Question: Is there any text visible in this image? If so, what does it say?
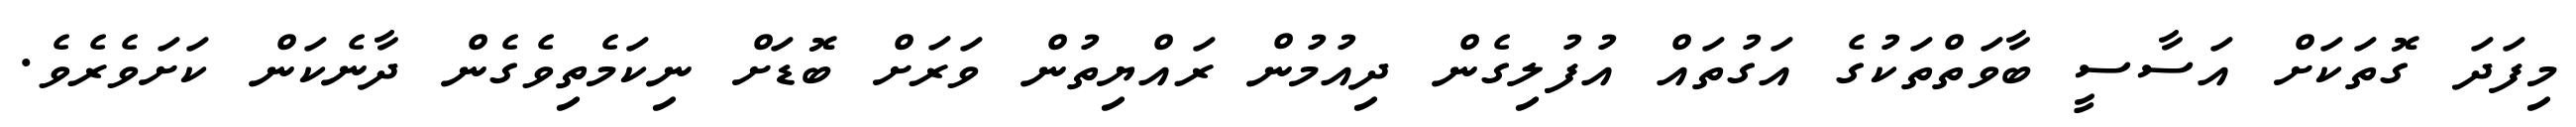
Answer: މިފަދަ ގޮތަކަށް އަސާސީ ބާވަތްތަކުގެ އަގުތައް އުފުލިގެން ދިއުމުން ރައްޔިތުން ވަރަށް ބޮޑަށް ނިކަމެތިވެގެން ދާނެކަން ކަށަވެރެވެ.